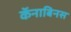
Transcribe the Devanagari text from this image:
कॅनाबिनस